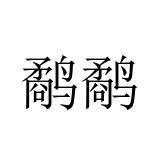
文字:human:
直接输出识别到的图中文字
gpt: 鹬鹬